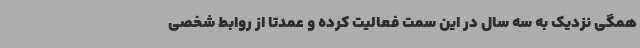
همگی نزدیک به سه سال در این سمت فعالیت کرده و عمدتا از روابط شخصی